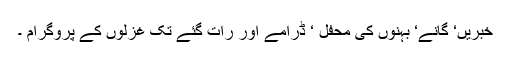
خبریں‘ گانے‘ بہنوں کی محفل ‘ ڈرامے اور رات گئے تک غزلوں کے پروگرام ۔